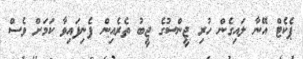
ޕެކެޓް އޭނާ ލައިގެން ހުރި ޖީންސުގެ ޖީބު ތެރެއިން ފެނިފައިވާ ކަމަށް ވެސް